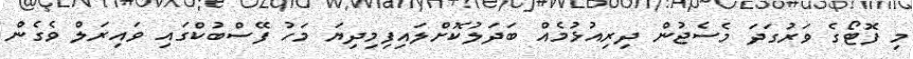
މި ފޮޓޯގެ ވަރުގަދަ މެސެޖުން ދިރިއުޅުމެއް ބަދަލުކޮށްލައިފިމިދިޔަ މަހު ފޭސްބުކްގައި ވައިރަލް ވެގެން